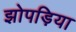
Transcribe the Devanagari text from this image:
झोपड़िया